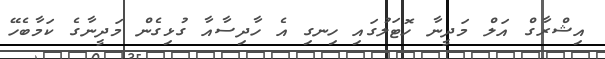
އިޝްރާގް އަލް މަދީނާ ހޮޓަލުގައި ހިނގި އެ ހާދިސާއާ ގުޅިގެން މަދީނާގެ ކަމާބެހޭ